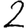
Digit: 2